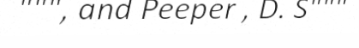
""", and Peeper , D. S"""